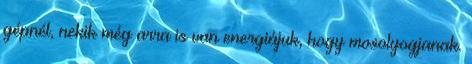
gépnél, nekik még arra is van energiájuk, hogy mosolyogjanak.